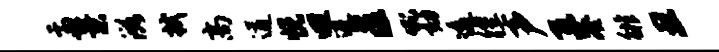
盂景滋拭高遒悦迥避匡吼劾逶徨声互凑徘丑